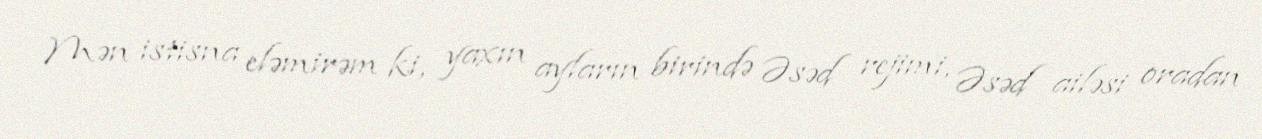
Mən istisna eləmirəm ki, yaxın ayların birində Əsəd rejimi, Əsəd ailəsi oradan